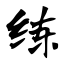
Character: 练